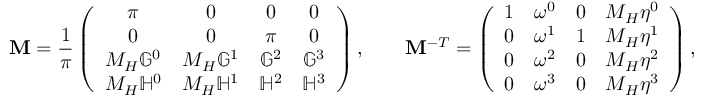
{ \bf M } = \frac { 1 } { \pi } \left( \begin{array} { c c c c } { \pi } & { 0 } & { 0 } & { 0 } \\ { 0 } & { 0 } & { \pi } & { 0 } \\ { M _ { H } \mathbb { G } ^ { 0 } } & { M _ { H } \mathbb { G } ^ { 1 } } & { \mathbb { G } ^ { 2 } } & { \mathbb { G } ^ { 3 } } \\ { M _ { H } \mathbb { H } ^ { 0 } } & { M _ { H } \mathbb { H } ^ { 1 } } & { \mathbb { H } ^ { 2 } } & { \mathbb { H } ^ { 3 } } \end{array} \right) , \qquad { \bf M } ^ { - T } = \left( \begin{array} { c c c c } { 1 } & { \omega ^ { 0 } } & { 0 } & { M _ { H } \eta ^ { 0 } } \\ { 0 } & { \omega ^ { 1 } } & { 1 } & { M _ { H } \eta ^ { 1 } } \\ { 0 } & { \omega ^ { 2 } } & { 0 } & { M _ { H } \eta ^ { 2 } } \\ { 0 } & { \omega ^ { 3 } } & { 0 } & { M _ { H } \eta ^ { 3 } } \end{array} \right) ,